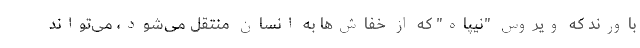
باورند که ویروس "نیپاه" که از خفاش‌ها به انسان منتقل می‌شود، می‌تواند